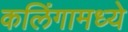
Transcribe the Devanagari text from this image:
कलिंगामध्ये